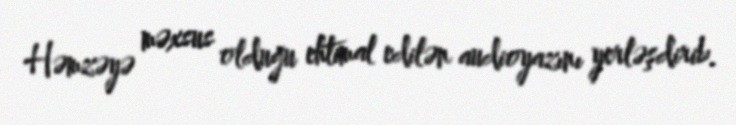
Həmzəyə məxsus olduğu ehtimal edilən audioyazını yerləşdirib.